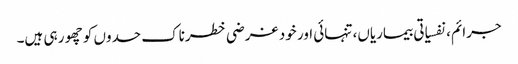
جرائم، نفسیاتی بیماریاں، تنہائی اور خود غرضی خطرناک حدوں کو چھو ر ہی ہیں۔